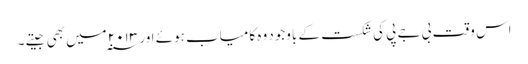
اس وقت بی جے پی کی شکست کے باوجود وہ کامیاب ہوئے اور ۲۰۱۳ ؁میں بھی جیتے ۔